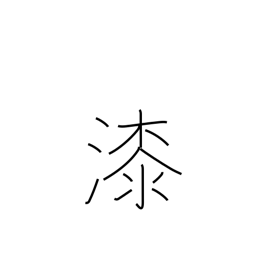
Meaning: varnish